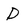
Character: D